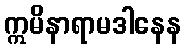
ဣမိနာရာမဒါနေန